Scientific memoirs by medical officers of the Army of India - Part I,
Year: 1884
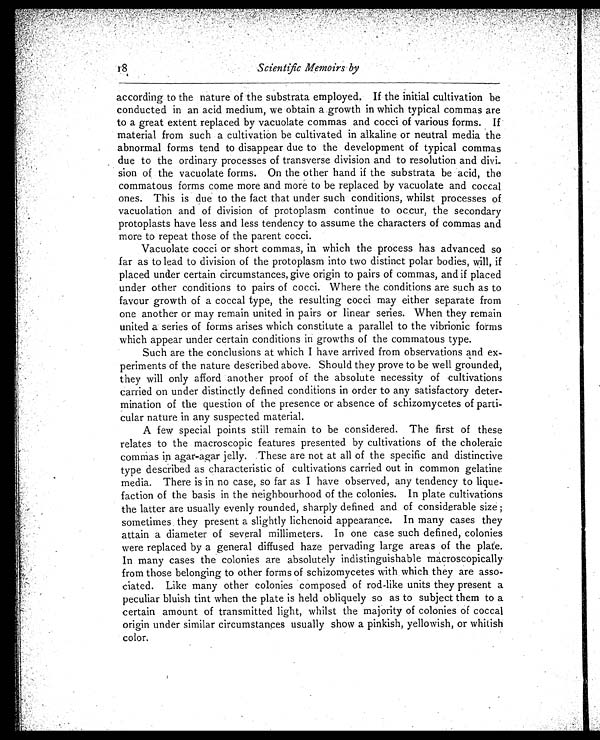
Scientific Memoirs ' by
according to the nature of the substrata employed. If the initial cultivation be
conducted in an acid medium, we obtain a growth in which typical commas are
to a great extent replaced by vacuolate commas and cocci of various forms.If
material from such a cultivation be cultivated in alkaline or neutral media the
abnormal forms tend to disappear due to the development of typical commas
due to the ordinary processes of transverse division and to resolution and divi
- s i o n o f t h e v a c u o l a t e f o r m s . O n t h e o t h e r h a n d i f t h e s u b s t r a t a b e a c i d , t h e
commatous forms come more and more to be replaced by vacuolate and coccal
ones. This is due to the fact that under such conditions, whilst processes of.
vacuolation and of division of protoplasm continue to occur, the secondary
protoplasts have less and less tendency to assume the characters of commas and
more to repeat those of the parent cocci.
Vacuolate cocci or short commas, in which the process has advanced so
far as to lead to division of the protoplasm into two distinct polar bodies, will, if
placed under certain circumstances, give origin to pairs of commas, and if placed
under other conditions to pairs of cocci. Where the conditions are such as to
favour growth of a coccal type, the resulting cocci may either separate from
one another or may remain united in pairs or linear series. When they remain
united a series of forms arises which constitute a parallel to the vibrionic forms
which appear under certain conditions in growths of the commatous type.
Such are the conclusions at which I have arrived from
o b s e r v a t i o n e x -
periments of the nature described above. Should they prove to be well grounded,
they will only afford another proof of the absolute necessity of cultivations
carried on under distinctly defined conditions in order to any satisfactory deter
mination of the question of the presence or absence of schizomycetes of parti
cular nature in any suspected material.
A few special points still remain to be considered. The first of these
relates to the macroscopic features presented by cultivations of the choleraic
commas in agar-agar jelly. These are not at all of the specific and distinctive
type described as characteristic of cultivations carried out in common gelatine
media. There is in no case, so far as I have observed, any tendency to lique
-faction of the basis in the neighbourhood of the colonies. In plate cultivations
the latter are usually evenly rounded, sharply defined and of considerable size;
sometimes they present a slightly lichenoid appearance. In many cases they
attain a diameter of several millimeters. In one case such defined, colonies
were replaced by a general diffused haze pervading large areas of the plate.
In many cases the colonies are absolutely indistinguishable macroscopically
from those belonging to other forms of schizomycetes with which they are asso
-ciated. Like many other colonies ' composed of rod-like units they present a
peculiar bluish tint when the plate is held obliquely so as to subject them to a
certain amount of transmitted light, whilst the majority of colonies of coccal
origin under similar circumstances usually show a pinkish, yellowish, or whitish
color.